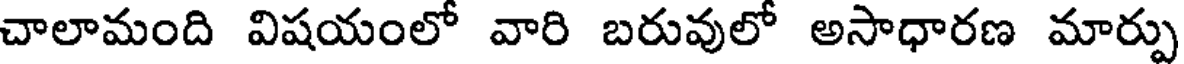
చాలామంది విషయంలో వారి బరువులో అసాధారణ మార్పు